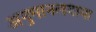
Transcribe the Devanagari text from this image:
अनुमानलगाया